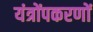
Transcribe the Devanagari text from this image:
यंत्रोंपकरणों